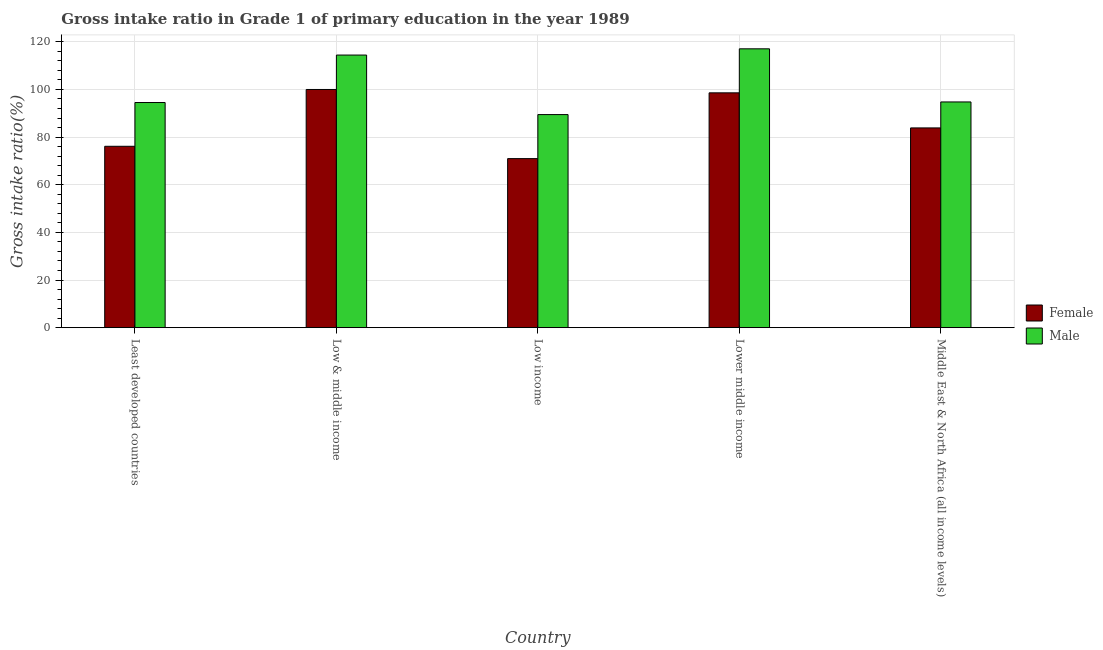
| Country | Female | Male |
 | --- | --- | --- |
 | Least developed countries | 76.1 | 94.5 |
 | Low & middle income | 100 | 114 |
 | Low income | 71 | 89.5 |
 | Lower middle income | 98.6 | 117 |
 | Middle East & North Africa (all income levels) | 83.9 | 94.8 |